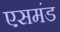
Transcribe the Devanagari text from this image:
एसमंड